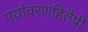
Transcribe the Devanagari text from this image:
पर्यावरणहितैषी